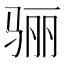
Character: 骊